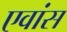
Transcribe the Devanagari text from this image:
एवांस